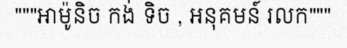
"""អាម៉ូនិច កង់ ទិច , អនុគមន៍ រលក"""